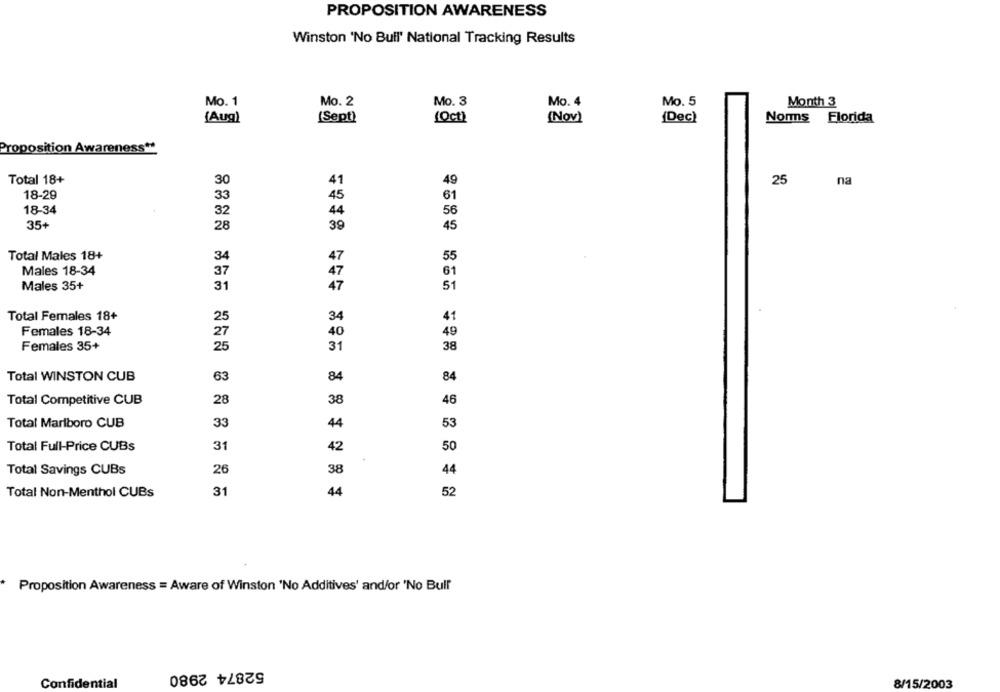
PROPOSITION AWARENESS
Winston 'No Bull' National Tracking Results
Mo. 1
Mo. 2
Mo. 3
Mo. 4
Mo. 5
Month 3
(Dec)
Norms Florida
{Aug)
(Sept)
(Oct)
(Nov)
Proposition Awareness **
Total 18+
30
49
25
na
18-29
18-34
35+
39
45
55
Total Males 18+
Males 18-34
37
Males 35+
31
51
Total Females 18+
25
34
41
Females 18-34
27
40
49
Females 35+
25
31
38
Total WINSTON CUB
63
84
84
Total Competitive CUB
28
38
46
Total Marlboro CUB
33
44
53
Total Full-Price CUBs
31
42
50
Total Savings CUBs
26
38
44
Total Non-Menthol CUBs
31
44
52
Proposition Awareness = Aware of Winston 'No Additives' and/or 'No Bull
52874 2980
Confidential
8/15/2003